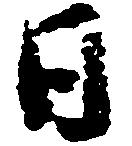
日